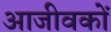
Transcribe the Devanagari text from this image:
आजीवकों